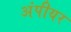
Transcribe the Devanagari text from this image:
अंपीयर